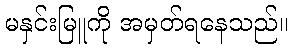
မနှင်းမြူကို အမှတ်ရနေသည်။